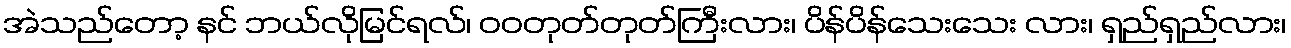
အဲသည်တော့ နင် ဘယ်လိုမြင်ရလ်၊ ဝဝတုတ်တုတ်ကြီးလား၊ ပိန်ပိန်သေးသေး လား၊ ရှည်ရှည်လား၊